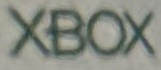
XBOX